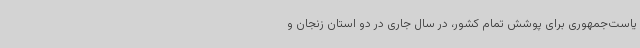
یاست‌جمهوری برای پوشش تمام کشور، در سال جاری در دو استان زنجان و